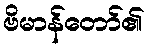
ဗိမာန်တော်၏